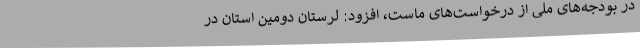
در بودجه‌های ملی از درخواست‌های ماست، افزود: لرستان دومین استان در